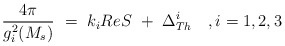
\begin{align*}{{4\pi } \over {g_i^2(M_s)}}\ =\ k_iReS \ +\ \Delta ^i_{Th} \ \ \ , i=1,2,3\end{align*}